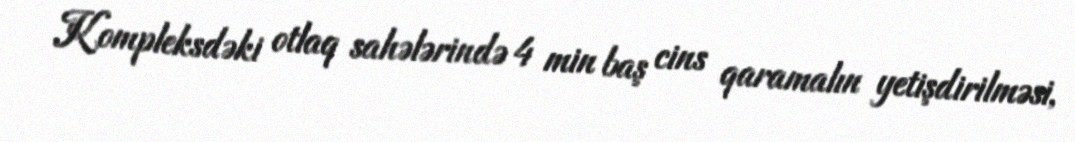
Kompleksdəki otlaq sahələrində 4 min baş cins qaramalın yetişdirilməsi,